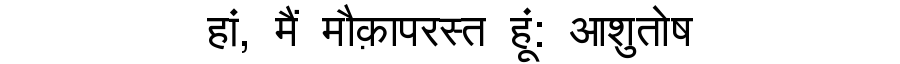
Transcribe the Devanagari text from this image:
हां, मैं मौक़ापरस्त हूं: आशुतोष